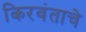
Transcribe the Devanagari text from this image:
किरवंताचे